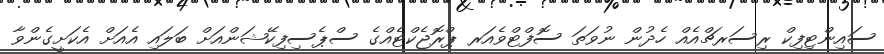
ސައިންޓިފިކް ރިސަރޗްއެއް ހެދުން ނުވަތަ ސޮފްޓްވެއަރ ޕްރޮޖެކްޓެއްގެ ސްޕެސިފިކޭޝަންއަށް ބަލައި އެއަށް އެކަށީގެންވާ